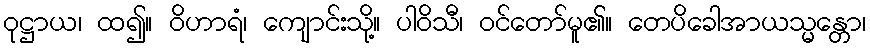
ဝုဋ္ဌာယ၊ ထ၍။ ဝိဟာရံ၊ ကျောင်းသို့။ ပါဝိသီ၊ ဝင်တော်မူ၏။ တေပိခေါအာယသ္မန္တော၊